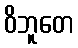
ဝိဘူတေ